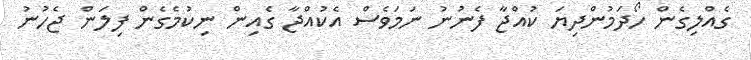
ގެއްލިގެން ހޯދަމުންދިޔަ ކުއްޖާ ފެނުނު ނަމަވެސް އެކުއްޖާ ގެއިން ނިކުމެގެން ފިލަން ޖެހުނު